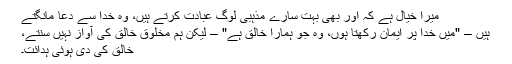
میرا خیال ہے کہ اور بھی بہت سارے مذہبی لوگ عبادت کرتے ہیں، وہ خدا سے دعا مانگتے
ہیں – "ّمیں خدا پر ایمان رکھتا ہوں، وہ جو ہمارا خالق ہے" – لیکن ہم مخلوق خالق کی آواز نہیں سنتے،
خالق کی دی ہوئی ہدائت۔